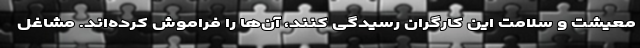
معیشت و سلامت این کارگران رسیدگی کنند، آن‌ها را فراموش کرده‌اند. مشاغل